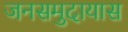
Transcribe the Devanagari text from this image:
जनसमुदायास